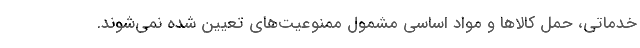
خدماتی، حمل کالاها و مواد اساسی مشمول ممنوعیت‌های تعیین شده نمی‌شوند.